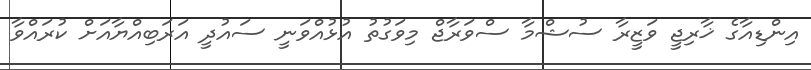
އިންޑިއާގެ ޚާރިޖީ ވަޒީރާ ސުޝްމާ ސްވަރާޖް މިވަގުތު އުޅުއްވަނީ ސައުދީ އަރަބިއްޔާއަށް ކުރައްވާ